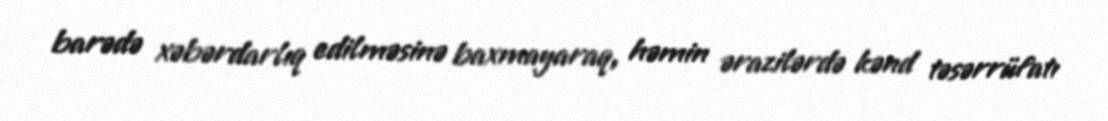
barədə xəbərdarlıq edilməsinə baxmayaraq, həmin ərazilərdə kənd təsərrüfatı